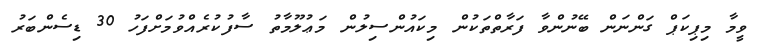
ވީމާ މިޕިކަޕް ގަންނަން ބޭނުންވާ ފަރާތްތަކުން މިކައުންސިލުން މަޢުލޫމާތު ސާފުކުރެއްވުމަށްފަހު 30 ޑިސެންބަރު